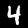
Label: 4